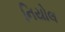
નિયોલ